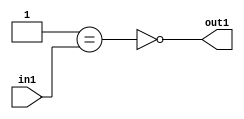
`timescale 1ps / 1ps
/*****************************************************************************
    Verilog RTL Description
    
    
    Created by: Stratus DpOpt 2019.1.01 
*******************************************************************************/

module st_weight_addr_gen_Nei1u16_4_5 (
	in1,
	out1
	); /* architecture "behavioural" */ 
input [15:0] in1;
output  out1;
wire  asc001,
	asc002;

assign asc002 = (21'B000000000000000000001==in1);

assign asc001 = 
	((~asc002));

assign out1 = asc001;
endmodule

/* CADENCE  ubP0SgE= : u9/ySgnWtBlWxVPRXgAZ4Og= ** DO NOT EDIT THIS LINE ******/